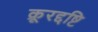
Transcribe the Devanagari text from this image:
क्रूरद्दष्टि